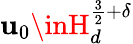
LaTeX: \mathbf{u}_{0}\inH_{d}^{\frac{{3}}{{2}}+\delta}